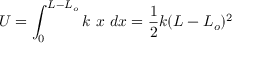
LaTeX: U = \int _ { 0 } ^ { L - L _ { o } } { k \ x \ d x } = { \frac { 1 } { 2 } } k ( L - L _ { o } ) ^ { 2 }